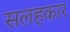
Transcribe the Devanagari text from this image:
सलहकार